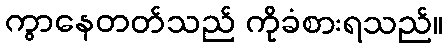
ကွာနေတတ်သည် ကိုခံစားရသည်။